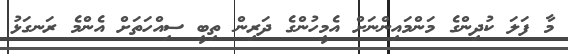
މާ ފަލަ ކުދިންގެ މަންމައިންނަށް އެމީހުންގެ ދަރިން ތިބީ ސިއްހަތަށް އެންމެ ރަނގަޅު